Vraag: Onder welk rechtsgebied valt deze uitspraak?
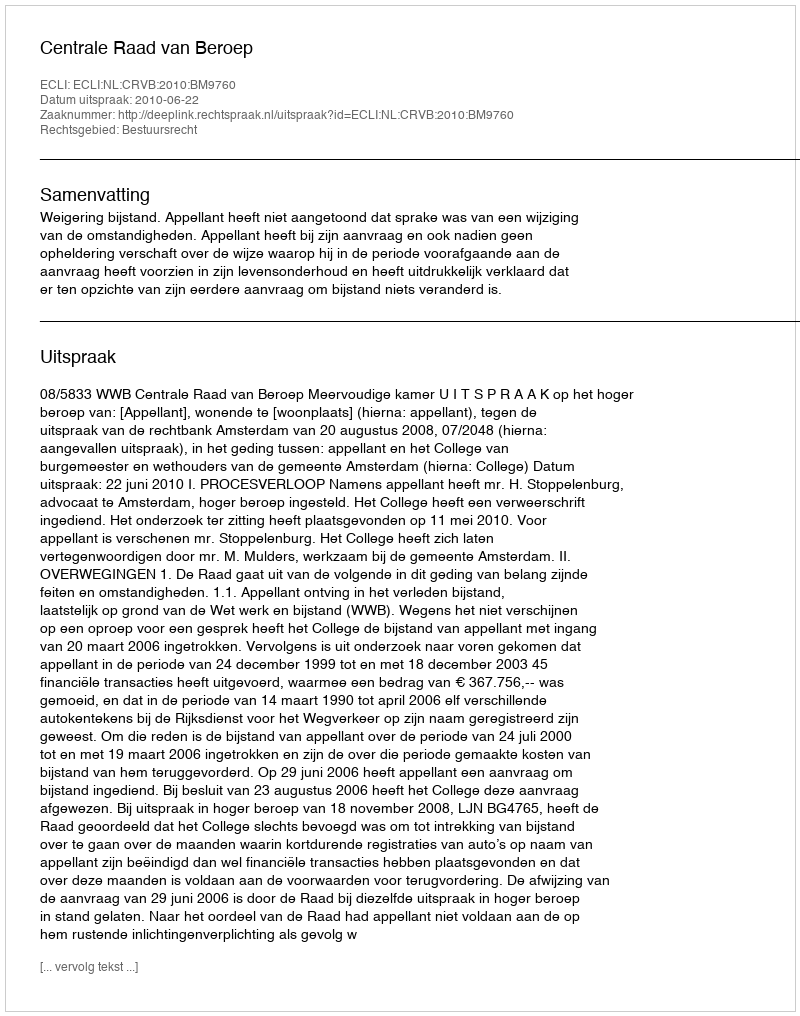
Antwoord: Bestuursrecht